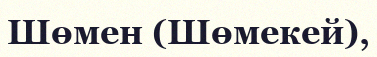
Шөмен (Шөмекей),